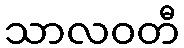
သာလဝတီ